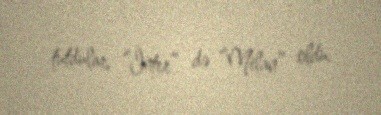
tutdular, “İnter” də “Milan” oldu.